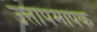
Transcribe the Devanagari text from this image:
उत्तापमापक